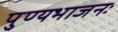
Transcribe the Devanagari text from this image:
पुण्यभाजनः